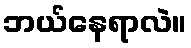
ဘယ်နေရာလဲ။